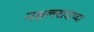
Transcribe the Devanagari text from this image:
नक्षलवादाच्या